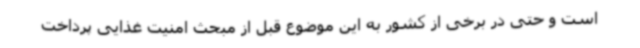
است و حتی در برخی از کشور به این موضوع قبل از مبحث امنیت غذایی پرداخت